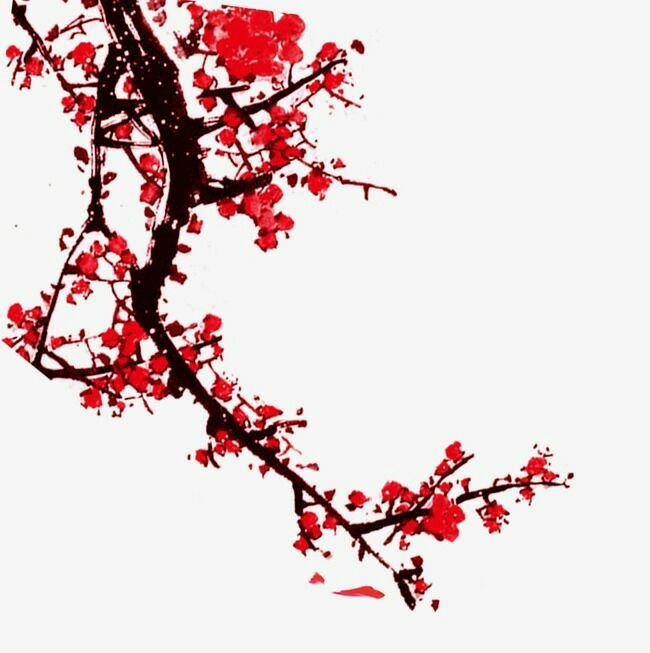
数萼初含雪，孤标画本难。